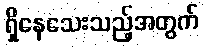
ရှိနေသေးသည့်အတွက်